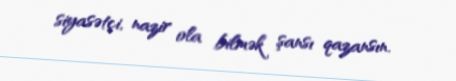
siyasətçi, nazir ola bilmək şansı qazansın.